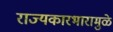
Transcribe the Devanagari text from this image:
राज्यकारभारामुळे